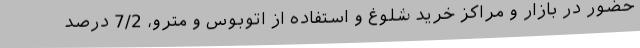
حضور در بازار و مراکز خرید شلوغ و استفاده از اتوبوس و مترو، 7/2 درصد